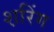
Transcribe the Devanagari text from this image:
श़रिंग